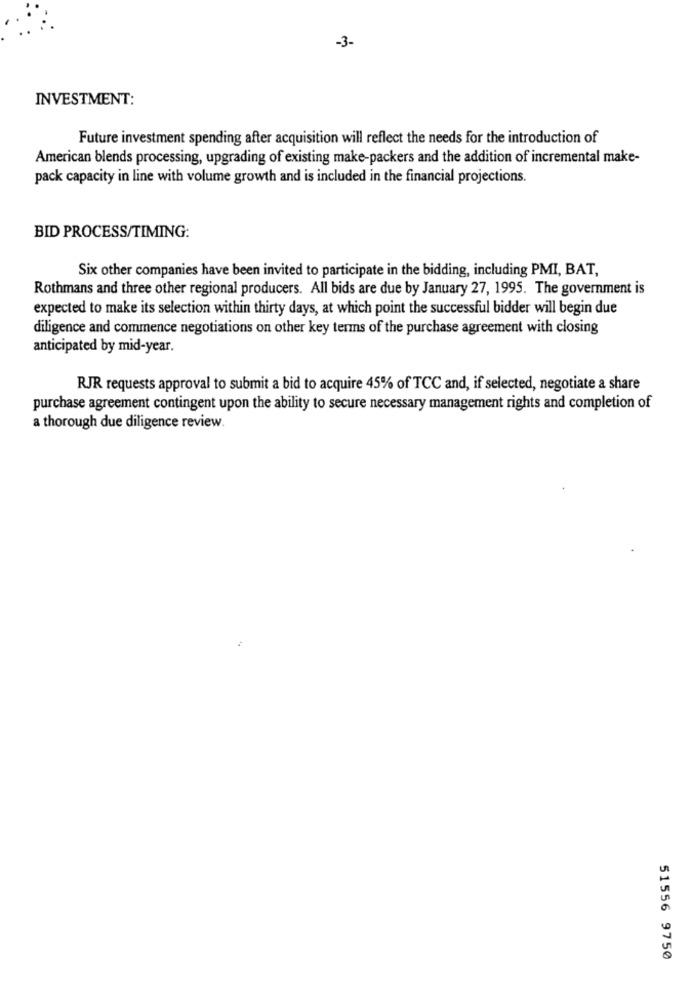
-3-
INVESTMENT:
Future investment spending after acquisition will reflect the needs for the introduction of
American blends processing, upgrading of existing make-packers and the addition of incremental make-
pack capacity in line with volume growth and is included in the financial projections.
BID PROCESS/TIMING:
Six other companies have been invited to participate in the bidding, including PMI, BAT,
Rothmans and three other regional producers. All bids are due by January 27, 1995. The government is
expected to make its selection within thirty days, at which point the successful bidder will begin due
diligence and commence negotiations on other key terms of the purchase agreement with closing
anticipated by mid-year.
RJR requests approval to submit a bid to acquire 45% of TCC and, if selected, negotiate a share
purchase agreement contingent upon the ability to secure necessary management rights and completion of
a thorough due diligence review.
51556 9750